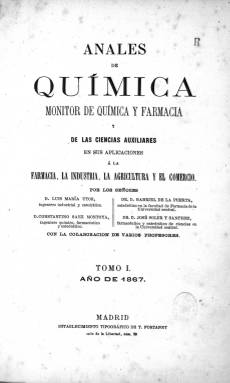
Título: Anales de química (Madrid. 1867)
Otros títulos: Monitor de química y farmacia de las ciencias auxiliares || Monitor de química y farmacia || Anales de química y de ciencias auxiliares en sus aplicaciones a la farmacia, la industria y el comercio || Anales de química y de las ciencias auxiliares || Anales de química, monitor de química y farmacia
Colección: Ciencias
Ámbito geográfico: Madrid
Lugar de publicación: Madrid
Fechas: 20/01/1867-15/12/1867

Se trata de la primera revista española especializada en la química. Editada en Madrid, su nombre completo era largo: Anales de Química. Monitor de Química y Farmacia y de las ciencias auxiliares en sus aplicaciones a la farmacia, la industria, la agricultura y el comercio. La revista tenía una periodicidad quincenal y el número de páginas habitual era el de 24. Con este título solo se publicó en 1867, pero continuó haciéndolo los años siguientes con el título de Anales de Química y Farmacia, Física e Historia Natural.

  Que se trataba de una novedad en el mundo de las publicaciones seriadas especializadas se deduce por las palabras con que arrancó el primer número, publicado el 20 de enero de 1867:

‘Hemos dicho en nuestro prospecto que los Anales de Química tienen por objeto llenar un vacío que, hace tiempo, se deja sentir en la prensa científica española. A pesar de ser la química una ciencia esperimental por escelencia, a pesar de ser tan múltiples y tan variadas sus aplicaciones, a pesar de que apenas hay una sola forma en la vida general del trabajo que no reciba de ella constantes y señalados servicios; ello es que no ha tenido hasta ahora en España ni periódico propio, ni voz consagrada de una manera fija a revelar al público sus tan preciosas como nunca interrumpidas conquistas’.

   El contenido de la publicación son artículos especializados en la materia escritos por los promotores de la revista o por otros científicos que enviaban colaboraciones. Se trata de una revista árida para el no especializado que hacía bastante uso de las fórmulas químicas. En algunos números se publicaron grabados de instrumentos de laboratorio, sobre todo. De la altura de la publicación y del nivel que esta materia había alcanzado en España da idea el hecho de que el ruso Dmitri Mendeléyev publicó por entonces, en 1869, su libro Principios de Química en el que desarrollaba su teoría de la tabla periódica de los elementos.

  Los promotores de la publicación fueron el ingeniero industrial y catedrático Luis María Utor, el ingeniero químico, farmacéutico y catedrático Constantino Saez Montoya, el catedrático en la Facultad de Farmacia de la Universidad Central Gabriel de la Puerta y el farmacéutico y catedrático de Ciencias en la Universidad Central José Soler y Sánchez.
  Un índice de materias que ocupa cuatro páginas es muy útil para consultar el contenido de los temas tratados en este primer año. Se pueden ver, por ejemplo, los artículos que escribió José Echegaray sobre la teoría del calor de la luz y de la electricidad. Echegaray, más conocido como político, autor teatral y por haber ganado el Premio Nobel de Literatura, fue también ingeniero y un destacado matemático.

   La revista dedicó amplio espacio a los adelantos en la fotografía, entonces en sus inicios, así como publicó, entre otros, artículos sobre la nitroglicerina, el ácido sulfúrico, la tinta de imprenta, la morfina, el oro y la plata, el ozono, el café o el alcohol.

[Descripción publicada el 16/8/2022]